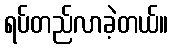
ရပ်တည်လာခဲ့တယ်။